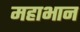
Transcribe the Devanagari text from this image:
महाभान